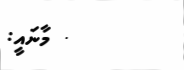
. މާނައީ: